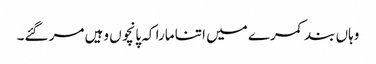
وہاں بند کمرے میں اتنا مارا کہ پانچوں وہیں مر گئے۔